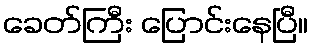
ခေတ်ကြီး ပြောင်းနေပြီ။